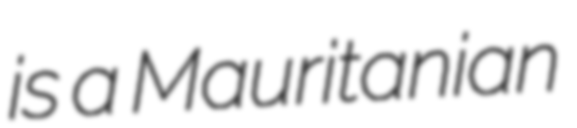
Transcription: is a Mauritanian